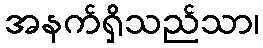
အနက်ရှိသည်သာ၊